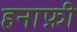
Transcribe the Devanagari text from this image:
हनाफ़ी